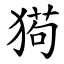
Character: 㺃